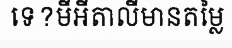
ទេ?មីអីតាលីមានតម្លៃ